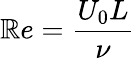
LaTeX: \mathbb{R}e=\frac{{U_{0}L}}{{\nu}}